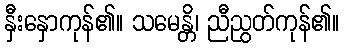
နှီးနှောကုန်၏။ သမေန္တိ၊ ညီညွတ်ကုန်၏။